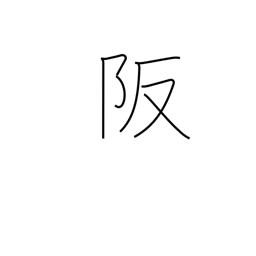
Meaning: heights